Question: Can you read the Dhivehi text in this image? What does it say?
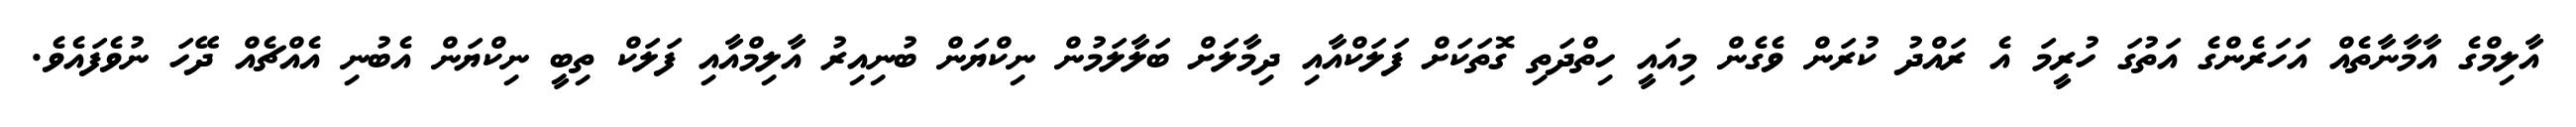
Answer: އާލިމްގެ އާމާނާތެއް އަހަރެންގެ އަތުގަ ހުރީމަ އެ ރައްދު ކުރަން ވެގެން މިއައީ ހިތްދަތި ގޮތަކަށް ފަލަކްއާއި ދިމާލަށް ބަލާލަމުން ނިކްޔަން ބުނިއިރު އާލިމްއާއި ފަލަކް ތިބީ ނިކްޔަން އެބުނި އެއްޗެއް ދޭހަ ނުވެފައެވެ.